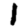
Digit: 1